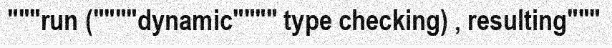
"""run (""""dynamic"""" type checking) , resulting"""